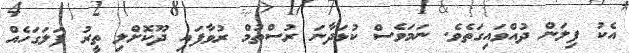
އެކު ފިލަން ދުއްވައިގަތެވެ. ނަމަވެސް ކުޅަދާނަ ރުސްތުމް ރުވާފައި ދޫކޮށްލި ތީރު ފަލަގަހެއް